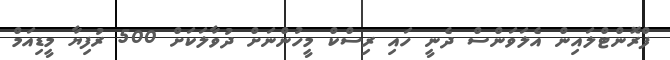
ފްރޮންޓްލައިން އެލަވަންސް ދެނީ ހައި ރިސްކް މީހުންނަށް ދުވާލަކަށް 500 ރުފިޔާ މީޑިއަމް